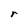
Character: r